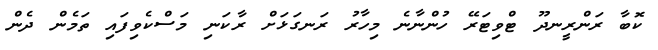
ކޮބާ ރަންރީނދޫ ޓްވިޓަރޭ ހުންނާނެ މިހާރު ރަނގަޅަށް ރާކަނި މަސްކެވިފައި ތަމެން ދެން